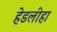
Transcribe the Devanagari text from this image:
हेडलीहा